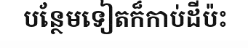
បន្ថែមទៀតក៏កាប់ដីប៉ះ